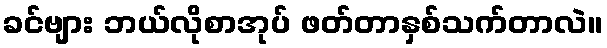
ခင်ဗျား ဘယ်လိုစာအုပ် ဖတ်တာနှစ်သက်တာလဲ။